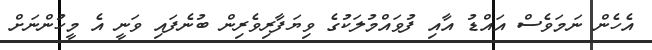
އެހެން ނަމަވެސް އައްޑު އާއި ފުވައްމުލަކުގެ ވިޔަފާރިވެރިން ބުނެފައި ވަނީ އެ މީހުންނަށް